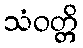
သံဝတ္တိ